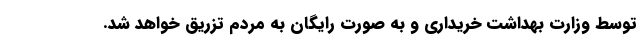
توسط وزارت بهداشت خریداری و به صورت رایگان به مردم تزریق خواهد شد.